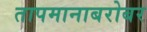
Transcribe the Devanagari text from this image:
तापमानाबरोबर